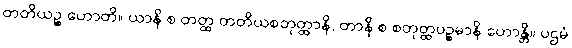
တတိယဉ္စ ဟောတိ။ ယာနိ စ တတ္ထ တတိယစတုတ္ထာနိ, တာနိ စ စတုတ္ထပဉ္စမာနိ ဟောန္တိ။ ပဌမံ